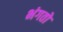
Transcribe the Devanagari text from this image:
भंगतो